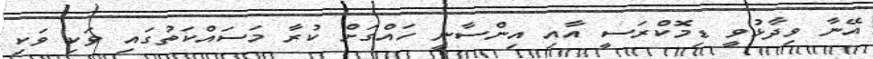
އޭނާ ވިދާޅުވީ ޑިމޮކްރަސީ އާއި އިންސާނީ ހައްގަށް ކުރާ މަސައްކަތުގައި ވަކި ވަކި